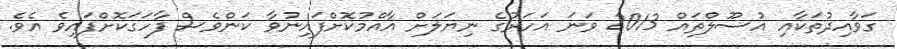
ގަވާއިދުތަކާއި އުސޫލްތައް 2013 ވަނަ އަހަރުގެ ނިޔަލަށް އާއްމުކޮށްފައިނުވާ ކަންވެސް ފާހަގަކޮށްފައިވެ އެވެ.